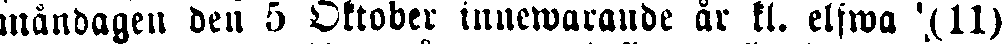
måndagen den 5 Oktober innewarande år kl. elfwa (11)